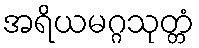
အရိယမဂ္ဂသုတ္တံ